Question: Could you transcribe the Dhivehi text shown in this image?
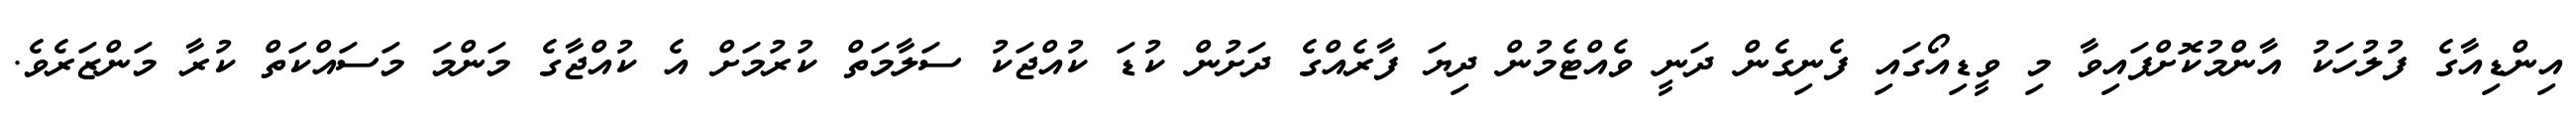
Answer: އިންޑިއާގެ ފުލުހަކު އާންމުކޮށްފައިވާ މި ވީޑިއޯގައި ފެނިގެން ދަނީ ވެއްޓެމުން ދިޔަ ފާރެއްގެ ދަށުން ކުޑަ ކުއްޖަކު ސަލާމަތް ކުރުމަށް އެ ކުއްޖާގެ މަންމަ މަސައްކަތް ކުރާ މަންޒަރެވެ.